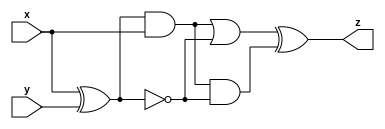
module top_module (input x, input y, output z);

wire aorb, andb;

assign aorb = ((x^y) & x)|(~(x^y));
assign andb = ((x^y) & x)&(~(x^y));
assign z = aorb^andb;
endmodule